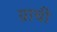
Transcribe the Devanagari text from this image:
ग्राची